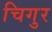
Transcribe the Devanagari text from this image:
चिगुर